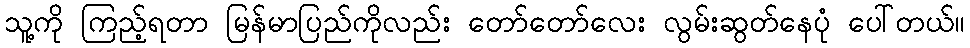
သူ့ကို ကြည့်ရတာ မြန်မာပြည်ကိုလည်း တော်တော်လေး လွမ်းဆွတ်နေပုံ ပေါ်တယ်။